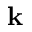
\mathbf { k }